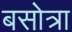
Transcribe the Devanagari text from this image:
बसोत्रा